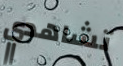
تشاهدي